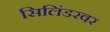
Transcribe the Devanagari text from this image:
सिलिंडरवर